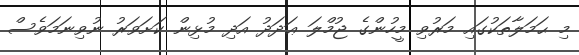
މި ޙަމަލާތަކުގައި މަރުވި މީހުންގެ ޖުމްލަ ޢަދަދު އަދި މުޅިން ކަށަވަރު ނުވިނަމަވެސް